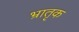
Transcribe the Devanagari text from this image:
भ्रातृक